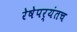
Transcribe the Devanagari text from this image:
रेषेपर्यंतच